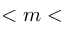
< m <